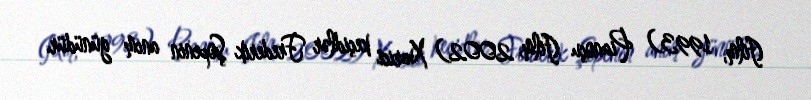
(film, 1993) Pianoçu (film, 2002) Xarici keçidlər Frederik Şopenin anım günüdür.